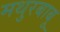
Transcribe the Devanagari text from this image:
मथुरबाबू